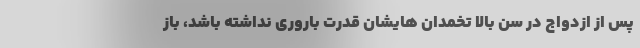
پس از ازدواج در سن بالا تخمدان هایشان قدرت باروری نداشته باشد، باز